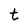
Character: t